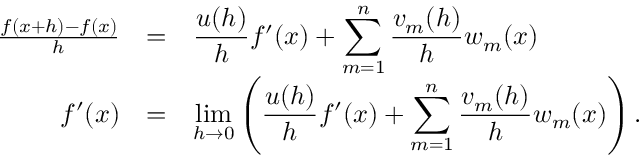
\begin{array} { r c l } { \frac { f ( x + h ) - f ( x ) } { h } } & { = } & { \displaystyle \frac { u ( h ) } { h } f ^ { \prime } ( x ) + \sum _ { m = 1 } ^ { n } \frac { v _ { m } ( h ) } { h } w _ { m } ( x ) } \\ { f ^ { \prime } ( x ) } & { = } & { \displaystyle \operatorname* { l i m } _ { h \to 0 } \left( \frac { u ( h ) } { h } f ^ { \prime } ( x ) + \sum _ { m = 1 } ^ { n } \frac { v _ { m } ( h ) } { h } w _ { m } ( x ) \right) . } \end{array}